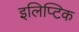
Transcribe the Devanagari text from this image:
इलिप्टिक